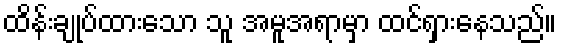
ထိန်းချုပ်ထားသော သူ အမူအရာမှာ ထင်ရှားနေသည်။